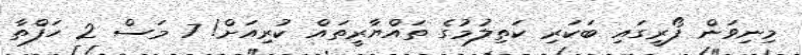
މިނިވަން ފޯރީގައި ބަކަރި ކަތިލުމުގެ ތައްޔާރީތައް ކުރިއަށް! 7 މަސް 2 ހަފްތާ